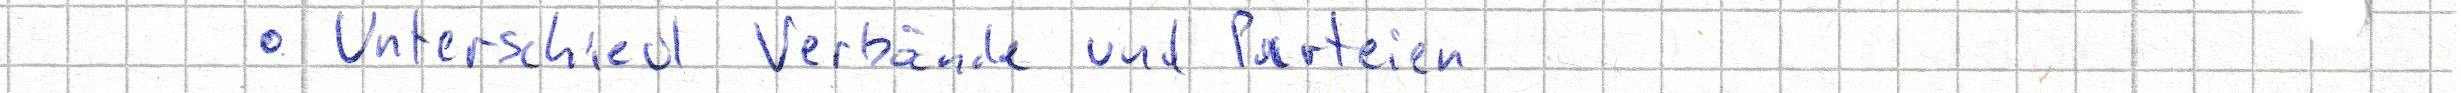
- Unterschied Verbände und Parteien